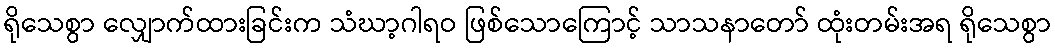
ရိုသေစွာ လျှောက်ထားခြင်းက သံဃာ့ဂါရဝ ဖြစ်သောကြောင့် သာသနာတော် ထုံးတမ်းအရ ရိုသေစွာ